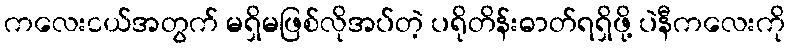
ကလေးငယ်အတွက် မရှိမဖြစ်လိုအပ်တဲ့ ပရိုတိန်းဓာတ်ရရှိဖို့ ပဲနီကလေးကို